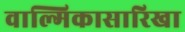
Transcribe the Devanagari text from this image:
वाल्मिकासारिखा